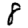
Digit: 8